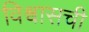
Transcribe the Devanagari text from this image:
विश्वासची